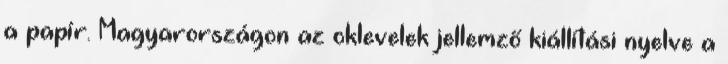
a papír. Magyarországon az oklevelek jellemző kiállítási nyelve a